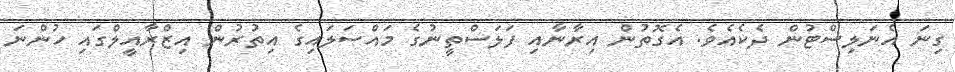
ގިނަ އެނަލިސްޓުން ދެކެއެވެ. އެގޮތުން އިރާނާއި ފަލަސްތީނުގެ މައްސަލައިގެ އިތުރުން އިޒްރާއީލްގައި ހުންނަ